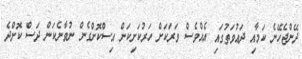
ދޭންޖެހޭނެ ކަމާއި ދަޢުވަތުގައި އެއްވެސް ވަރަކަށް ހަރުކަށިކަން އިސްކޮށްގެން ނުވާނެކަން ދަސް ކޮށްދެ